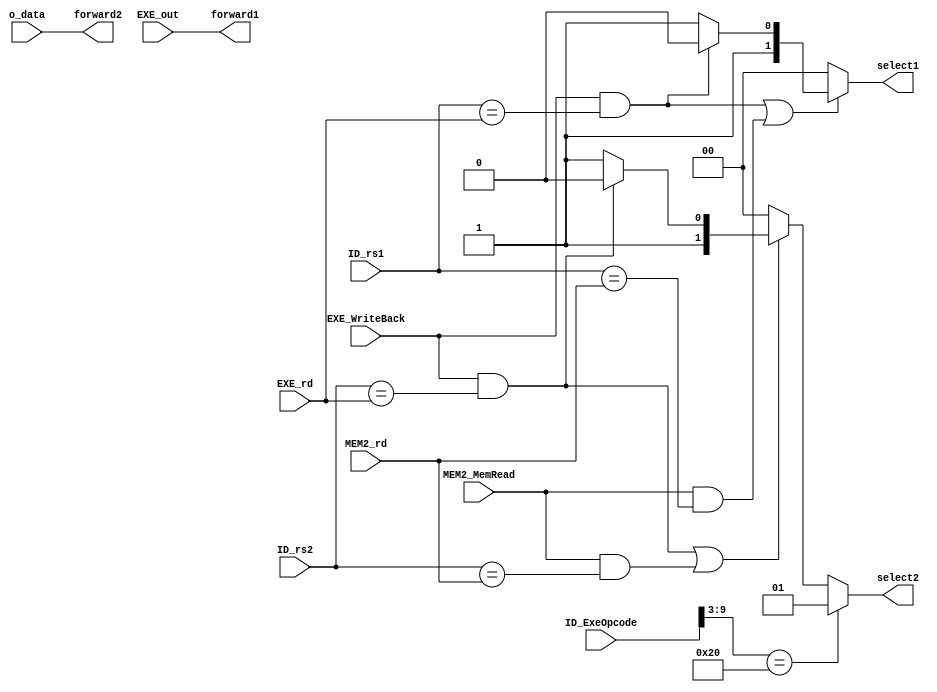
module Forward_Unit #(
    parameter DATA_W = 64
) (
    input   [4:0]           ID_rs1,
    input   [4:0]           ID_rs2,
    input   [9:0]           ID_ExeOpcode,
    input                   EXE_WriteBack,
    input   [4:0]           EXE_rd,
    input   [DATA_W-1:0]    EXE_out,
    input                   MEM2_MemRead,
    input   [4:0]           MEM2_rd,
    input   [DATA_W-1:0]    o_data,
    output  [1:0]           select1,
    output  [1:0]           select2,
    output  [DATA_W-1:0]    forward1,
    output  [DATA_W-1:0]    forward2
);

// 0 for exe, 1 for mem

// reg [1:0] select1_r;
// reg [1:0] select2_r;

// always @(*) begin
//     if ((EXE_WriteBack && (ID_rs1 == EXE_rd)) || (MEM2_MemRead && (ID_rs1 == MEM2_rd))) begin
//         if (EXE_WriteBack && (ID_rs1 == EXE_rd)) begin
//             select1_r = 2'b10;
//         end
//         else begin
//             select1_r = 2'b11;
//         end
//     end
//     else begin
//         select1_r = 2'b00;
//     end
// end

wire exe2rs1, mem2rs1;
wire exe2rs2, mem2rs2;

assign exe2rs1 = EXE_WriteBack && (ID_rs1 == EXE_rd);
assign mem2rs1 = MEM2_MemRead && (ID_rs1 == MEM2_rd);
assign exe2rs2 = EXE_WriteBack && (ID_rs2 == EXE_rd);
assign mem2rs2 = MEM2_MemRead && (ID_rs2 == MEM2_rd);

assign select1 = (exe2rs1 || mem2rs1) ? exe2rs1 ? 2'b10 : 2'b11 : 2'b00;
assign select2 = (ID_ExeOpcode[9:3] == 7'b0100000) ? 2'b01 : (exe2rs2 || mem2rs2) ? exe2rs2 ? 2'b10 : 2'b11 : 2'b00;

// always @(*) begin
//     if (ID_ExeOpcode[0] == 1'b1) begin
//         select1_r = 2'b01;
//     end
//     else if ((EXE_WriteBack && (ID_rs2 == EXE_rd)) || (MEM2_MemRead && (ID_rs2 == MEM2_rd))) begin
//         if (EXE_WriteBack && (ID_rs2 == EXE_rd)) begin
//             select1_r = 2'b10;
//         end
//         else begin
//             select1_r = 2'b11;
//         end
//     end
//     else begin
//         select1_r = 2'b00;
//     end
// end

assign forward1 = EXE_out;
assign forward2 = o_data;

    
endmodule